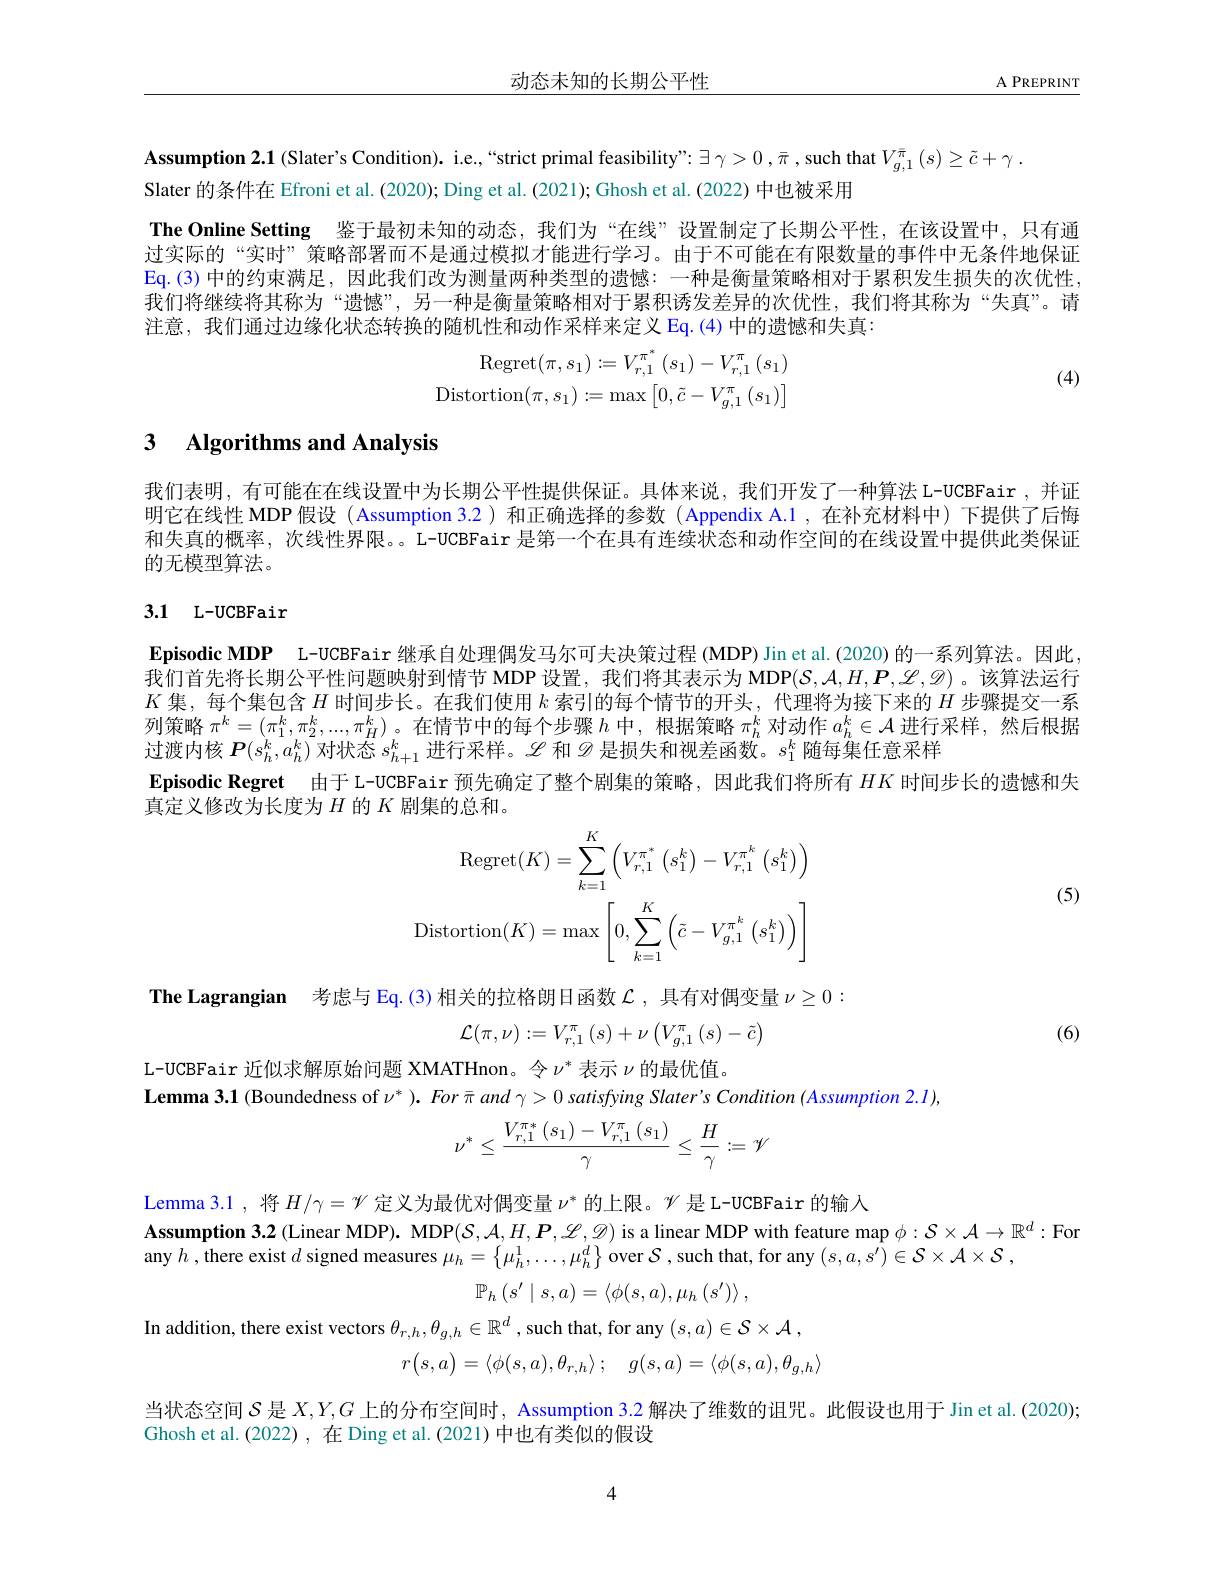
动态未知的长期公平性

A PREPRINT

$\textbf{Assumption 2. 1 ( Slater' s Condition) . i. e. , “ strict primal feasibility" : }\exists \gamma > 0, \bar{\pi } $,such that$V_g,1^{\bar{\pi}}\left(s\right)\geq\tilde{c}+\gamma$
Slater 的条件在 Efroni et al. (2020); Ding et al. (2021); Ghosh et al. (2022) 中也被采用

The Online Setting 鉴于最初未知的动态，我们为“在线”设置制定了长期公平性，在该设置中，只有通过实际的“实时”策略部署而不是通过模拟才能进行学习。由于不可能在有限数量的事件中无条件地保证Eq.(3) 中的约束满足，因此我们改为测量两种类型的遗憾：一种是衡量策略相对于累积发生损失的次优性， 我们将继续将其称为“遗憾”,另一种是衡量策略相对于累积诱发差异的次优性，我们将其称为“失真”。请注意，我们通过边缘化状态转换的随机性和动作采样来定义 Eq.(4)中的遗憾和失真：

(4)
$$\mathrm{Regret}(\pi,s_{1}):=V_{r,1}^{\pi^{*}}\left(s_{1}\right)-V_{r,1}^{\pi}\left(s_{1}\right)\\\mathrm{Distortion}(\pi,s_{1}):=\max\left[0,\tilde{c}-V_{g,1}^{\pi}\left(s_{1}\right)\right]$$
## 3 $\textbf{Algorithms and Analysis}$

我们表明，有可能在在线设置中为长期公平性提供保证。具体来说，我们开发了一种算法 L-UCBFair ,并证明它在线性 MDP 假设 (Assumption 3.2) 和正确选择的参数 (Appendix A.1 ,在补充材料中)下提供了后悔和失真的概率，次线性界限。。L-UCBFair 是第一个在具有连续状态和动作空间的在线设置中提供此类保证的无模型算法。

## 3.1 L-UCBFair

$\textbf{Episodic MDP}$ L-UCBFair 继承自处理偶发马尔可夫决策过程 (MDP) Jin et al.(2020) 的一系列算法。因此， 我们首先将长期公平性问题映射到情节 MDP 设置，我们将其表示为 MDP$(\mathcal{S},\mathcal{A},H,\boldsymbol{P},\mathscr{C},\mathcal{O})$。该算法运行$K$集，每个集包含$H$时间步长。在我们使用$k$索引的每个情节的开头，代理将为接下来的$H$步骤提交一系列策略$\pi^k=(\pi_1^k,\pi_2^k,...,\pi_H^k)$。在情节中的每个步骤$h$中，根据策略$\pi_h^k$对动作$a_h^k\in\mathcal{A}$进行采样，然后根据过渡内核$\boldsymbol P(s_h^k,a_h^k)$对状态$s_h+1^k$进行采样。$\mathscr{L}$和$\mathscr{D}$是损失和视差函数。$s_1^k$随每集任意采样
Episodic Regret 由于 L-UCBFair 预先确定了整个剧集的策略，因此我们将所有$HK$时间步长的遗憾和失
真定义修改为长度为$H$的$K$剧集的总和。

(5)
$$\mathrm{Regret}(K)=\sum_{k=1}^{K}\left(V_{r,1}^{\pi^{*}}\left(s_{1}^{k}\right)-V_{r,1}^{\pi^{k}}\left(s_{1}^{k}\right)\right)\\\mathrm{Distortion}(K)=\operatorname*{max}\left[0,\sum_{k=1}^{K}\left(\tilde{c}-V_{g,1}^{\pi^{k}}\left(s_{1}^{k}\right)\right)\right]$$
The Lagrangian 考虑与 Eq.(3)相关的拉格朗日函数$\mathcal{L}$ ,具有对偶变量$\nu\geq0:$

(6)
$$\mathcal{L}(\pi,\nu):=V_{r,1}^{\pi}\left(s\right)+\nu\left(V_{g,1}^{\pi}\left(s\right)-\tilde{c}\right)$$
L-UCBFair 近似求解原始问题 XMATHnon。令$\nu^*$表示$\nu$的最优值。

$\textbf{Lemma 3. 1 ( Boundedness of }\nu ^{* }) . For\bar{\pi } and$ $\gamma > 0$ satisfying Slater's Condition (Assumption 2.1),
$$\nu^{*}\leq\frac{V_{r,1}^{\pi*}\left(s_{1}\right)-V_{r,1}^{\pi}\left(s_{1}\right)}{\gamma}\leq\frac{H}{\gamma}:=\mathscr{V}$$
Lemma 3.1 , 将$H/\gamma=\mathscr{V}$定义为最优对偶变量$\nu^*$的上限。$\mathscr{V}$是 L-UCBFair 的输人
Assumption 3.2 (Linear MDP). MDP$(S,\mathcal{A},H,\mathcal{P},\mathscr{L},\mathcal{D})$ is a linear MDP with feature map $\phi:\mathcal{S}\times\mathcal{A}\to\mathbb{R}^d:$ For
any $h$ ,there exist $d$ signed measures $\mu_h=\left\{\mu_h^1,\ldots,\mu_h^d\right\}$ over $\mathcal{S}$ ,such that, for any $(s,a,s^\prime)\in\mathcal{S}\times\mathcal{A}\times\mathcal{S}$,
$$\mathbb{P}_{h}\left(s^{\prime}\mid s,a\right)=\langle\phi(s,a),\mu_{h}\left(s^{\prime}\right)\rangle,$$
In addition, there exist vectors $\theta_{r,h},\theta_{g,h}\in\mathbb{R}^d$ , such that, for any $(s,a)\in\mathcal{S}\times\mathcal{A}$,
$$r\begin{pmatrix}s,a\end{pmatrix}=\langle\phi(s,a),\theta_{r,h}\rangle;\quad g(s,a)=\langle\phi(s,a),\theta_{g,h}\rangle $$
当状态空间$S$是$X,Y,G$上的分布空间时，Assumption 3.2 解决了维数的诅咒。此假设也用于 Jin et al.(2020);
Ghosh et al.(2022), 在 Ding et al.(2021)中也有类似的假设

4